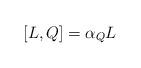
LaTeX: \begin{align*}[L,Q]=\alpha_Q L\end{align*}